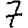
Digit: 7